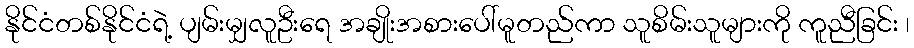
နိုင်ငံတစ်နိုင်ငံရဲ့ ပျမ်းမျှလူဦးရေ အချိုးအစားပေါ်မူတည်ကာ သူစိမ်းသူများကို ကူညီခြင်း ၊